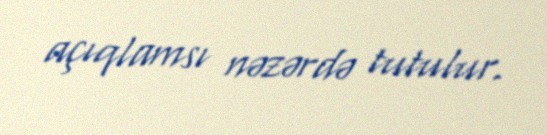
açıqlamsı nəzərdə tutulur.